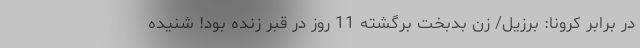
در برابر کرونا: برزیل/ زن بدبخت برگشته 11 روز در قبر زنده بود! شنیده